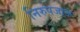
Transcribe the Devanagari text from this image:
निरुपजाऊ